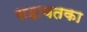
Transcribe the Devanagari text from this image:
सहायतका